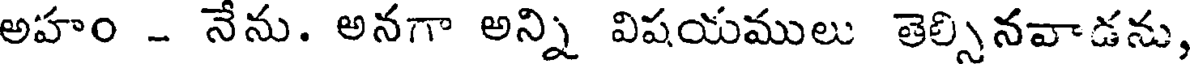
అహం - నేను. అనగా అన్ని విషయములు తెల్సినవాడను,